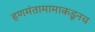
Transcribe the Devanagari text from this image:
हणमंतामामाकडूनच